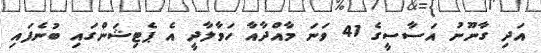
އަދި ގާނޫނު އަސާސީގެ 41 ވަނަ މާއްދާއާ ހަވާލާދީ އެ ޕެޓިޝަންގައި ބުނެފައި